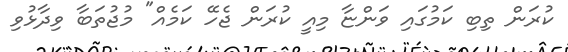
ކުރަން ތިބި ކަމުގައި ވަންޏާ މިއީ ކުރަން ޖެހޭ ކަމެއް" މުޖުތަބާ ވިދާޅުވި